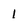
Character: 1